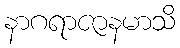
နာဂရာဇာနမာသိ